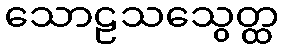
သောဠသသွေတ္ထ